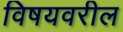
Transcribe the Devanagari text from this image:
विषयवरील